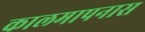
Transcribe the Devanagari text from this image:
कालमापनास